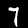
Label: 7